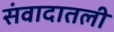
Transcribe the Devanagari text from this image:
संवादातली